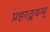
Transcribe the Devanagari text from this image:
प्रहरद्वयम्